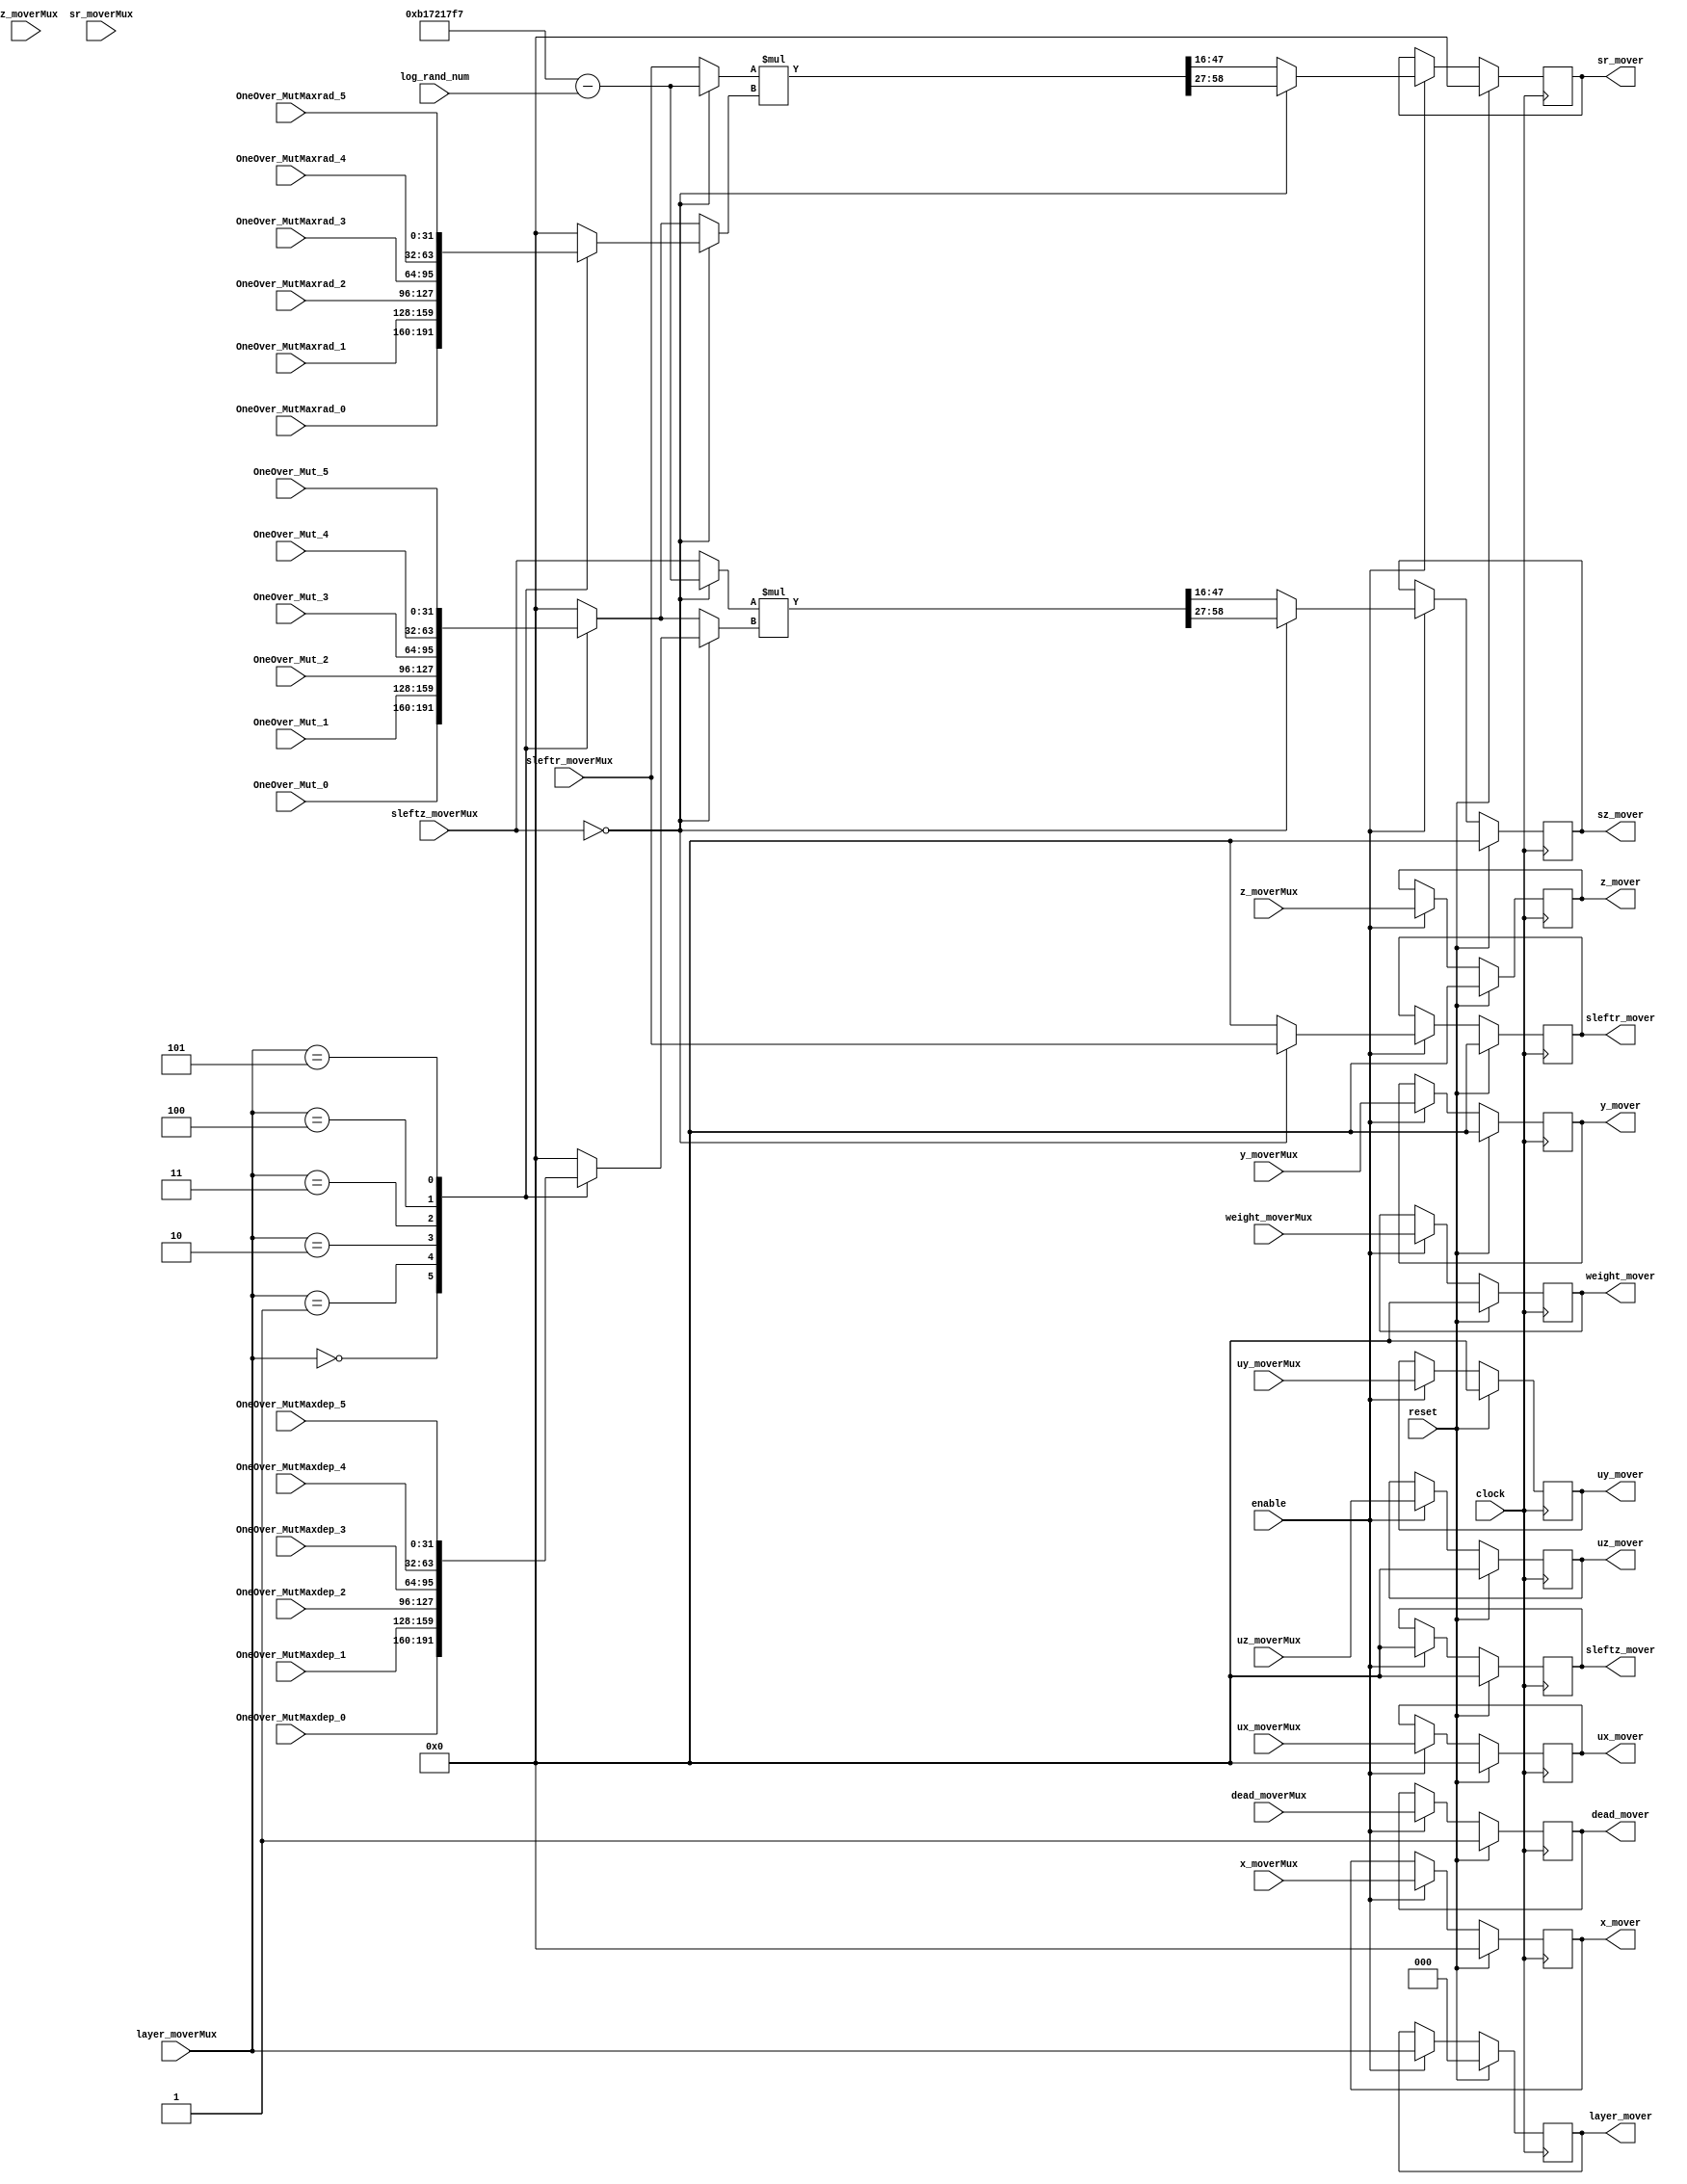
`define TRIG_WIDTH 5'b01010 //10;
`define PIPELINE_DEPTH_UPPER_LIMIT 10'b0100000000 //256;
`define ABSORB_ADDR_WIDTH 6'b010000 //16;
`define ABSORB_WORD_WIDTH 7'b01000000 //64;
`define WSCALE 22'b0111010100101111111111 //1919999;
//`define BIT_WIDTH 7'b0100000
//`define LAYER_WIDTH 6'b000011 
`define LEFTSHIFT 6'b000011         // 2^3=8=1/0.125 where 0.125 = CHANCE of roulette
`define INTCHANCE 32'b00100000000000000000000000000000 //Based on 32 bit rand num generator
`define MIN_WEIGHT 9'b011001000 
`define BIT_WIDTH 7'b0100000
`define LAYER_WIDTH 6'b000011
`define INTMAX 32'b01111111111111111111111111111111
`define INTMIN 32'b10000000000000000000000000000000
`define DIVIDER_LATENCY 6'b011110
`define FINAL_LATENCY 6'b011100
`define MULT_LATENCY 1'b1
`define ASPECT_RATIO 6'b000111
`define TOTAL_LATENCY 7'b0111100
//`define BIT_WIDTH 6'b100000
//`define LAYER_WIDTH 6'b000011
`define LOGSCALEFACTOR 6'b000101
`define MAXLOG 32'b10110001011100100001011111110111		//Based on 32 bit unsigned rand num generator
`define CONST_MOVE_AMOUNT 15'b110000110101000  //Used for testing purposes only
`define MUTMAX_BITS 6'b001111
//`define BIT_WIDTH 6'b100000
//`define LAYER_WIDTH 6'b000011
//`define INTMAX 32'b01111111111111111111111111111111
//`define INTMIN 32'b10000000000000000000000000000000
//`define BIT_WIDTH 7'b0100000
`define MANTISSA_PRECISION 6'b001010
`define LOG2_BIT_WIDTH 6'b000110
`define LOG2 28'b0101100010111001000010111111
`define NR 10'b0100000000             
`define NZ 10'b0100000000              
`define NR_EXP 5'b01000              //meaning `NR=2^`NR_exp or 2^8=256
`define RGRID_SCLAE_EXP 6'b010101    //2^21 = RGRID_SCALE
`define ZGRID_SCLAE_EXP 6'b010101    //2^21 = ZGRID_SCALE
//`define BIT_WIDTH 7'b0100000
`define BIT_WIDTH_2 8'b01000000
`define WORD_WIDTH 8'b01000000
`define ADDR_WIDTH 6'b010000          //256x256=2^8*2^8=2^16
`define DIV 6'b010100//20;
`define SQRT 5'b01010 //10;
`define LAT 7'b0100101 //DIV + SQRT + 7;
`define INTMAX_2 {32'h3FFFFFFF,32'h00000001}
//`define INTMAX 32'b01111111111111111111111111111111//2147483647;
//`define INTMIN 32'b10000000000000000000000000000001//-2147483647;
`define INTMAXMinus3 32'b01111111111111111111111111111100//2147483644;
`define negINTMAXPlus3 32'b10000000000000000000000000000100//-2147483644;
`define INTMAX_2_ref {32'h3FFFFFFF,32'hFFFFFFFF}
`define SIMULATION_MEMORY

module Move(     //INPUTS
				 clock, reset, enable,
				 x_moverMux, y_moverMux, z_moverMux,
				 ux_moverMux, uy_moverMux, uz_moverMux,
				 sz_moverMux, sr_moverMux,
				 sleftz_moverMux, sleftr_moverMux,
				 layer_moverMux, weight_moverMux, dead_moverMux,

				 log_rand_num,

				 //OUTPUTS
				 x_mover, y_mover, z_mover,
				 ux_mover, uy_mover, uz_mover,
				 sz_mover, sr_mover,
				 sleftz_mover, sleftr_mover,
				 layer_mover, weight_mover, dead_mover,

				 // CONSTANTS
				 OneOver_MutMaxrad_0, OneOver_MutMaxrad_1, OneOver_MutMaxrad_2, OneOver_MutMaxrad_3, OneOver_MutMaxrad_4, OneOver_MutMaxrad_5,
				 OneOver_MutMaxdep_0, OneOver_MutMaxdep_1, OneOver_MutMaxdep_2, OneOver_MutMaxdep_3, OneOver_MutMaxdep_4, OneOver_MutMaxdep_5,
				 OneOver_Mut_0, OneOver_Mut_1, OneOver_Mut_2, OneOver_Mut_3, OneOver_Mut_4, OneOver_Mut_5
				 );


input clock;
input reset;
input enable;

input [`BIT_WIDTH-1:0] x_moverMux;
input [`BIT_WIDTH-1:0] y_moverMux;
input [`BIT_WIDTH-1:0] z_moverMux;
input [`BIT_WIDTH-1:0] ux_moverMux;
input [`BIT_WIDTH-1:0] uy_moverMux;
input [`BIT_WIDTH-1:0] uz_moverMux;
input [`BIT_WIDTH-1:0] sz_moverMux;
input [`BIT_WIDTH-1:0] sr_moverMux;
input [`BIT_WIDTH-1:0] sleftz_moverMux;
input [`BIT_WIDTH-1:0] sleftr_moverMux;
input [`LAYER_WIDTH-1:0] layer_moverMux;
input [`BIT_WIDTH-1:0] weight_moverMux;
input	dead_moverMux;

output [`BIT_WIDTH-1:0] x_mover;
output [`BIT_WIDTH-1:0] y_mover;
output [`BIT_WIDTH-1:0] z_mover;
output [`BIT_WIDTH-1:0] ux_mover;
output [`BIT_WIDTH-1:0] uy_mover;
output [`BIT_WIDTH-1:0] uz_mover;
output [`BIT_WIDTH-1:0] sz_mover;
output [`BIT_WIDTH-1:0] sr_mover;
output [`BIT_WIDTH-1:0] sleftz_mover;
output [`BIT_WIDTH-1:0] sleftr_mover;
output [`LAYER_WIDTH-1:0]layer_mover;
output [`BIT_WIDTH-1:0] weight_mover;
output	dead_mover;


input [`BIT_WIDTH-1:0] OneOver_MutMaxrad_0;
input [`BIT_WIDTH-1:0] OneOver_MutMaxrad_1;
input [`BIT_WIDTH-1:0] OneOver_MutMaxrad_2;
input [`BIT_WIDTH-1:0] OneOver_MutMaxrad_3;
input [`BIT_WIDTH-1:0] OneOver_MutMaxrad_4;
input [`BIT_WIDTH-1:0] OneOver_MutMaxrad_5;
input [`BIT_WIDTH-1:0] OneOver_MutMaxdep_0;
input [`BIT_WIDTH-1:0] OneOver_MutMaxdep_1;
input [`BIT_WIDTH-1:0] OneOver_MutMaxdep_2;
input [`BIT_WIDTH-1:0] OneOver_MutMaxdep_3;
input [`BIT_WIDTH-1:0] OneOver_MutMaxdep_4;
input [`BIT_WIDTH-1:0] OneOver_MutMaxdep_5;
input [`BIT_WIDTH-1:0] OneOver_Mut_0;
input [`BIT_WIDTH-1:0] OneOver_Mut_1;
input [`BIT_WIDTH-1:0] OneOver_Mut_2;
input [`BIT_WIDTH-1:0] OneOver_Mut_3;
input [`BIT_WIDTH-1:0] OneOver_Mut_4;
input [`BIT_WIDTH-1:0] OneOver_Mut_5;
input [`BIT_WIDTH-1:0] log_rand_num;

//------------Local Variables------------------------
reg [`BIT_WIDTH-1:0] c_sr;
reg [`BIT_WIDTH-1:0] c_sz;
reg [2*`BIT_WIDTH-1:0] c_sr_big;
reg [2*`BIT_WIDTH-1:0] c_sz_big;
reg [`BIT_WIDTH-1:0] c_sleftr;
reg [`BIT_WIDTH-1:0] c_sleftz;

//No signed regs, unsigned unecessary
//reg unsigned [`BIT_WIDTH-1:0] c_r_op0;
//reg unsigned [`BIT_WIDTH-1:0] c_r_op1;
//reg unsigned [`BIT_WIDTH-1:0] c_z_op0;
//reg unsigned [`BIT_WIDTH-1:0] c_z_op1;

reg [`BIT_WIDTH-1:0] c_r_op0;
reg [`BIT_WIDTH-1:0] c_r_op1;
reg [`BIT_WIDTH-1:0] c_z_op0;
reg [`BIT_WIDTH-1:0] c_z_op1;

// grab multiplexed constant
reg [`BIT_WIDTH-1:0] OneOver_MutMaxrad;
reg [`BIT_WIDTH-1:0] OneOver_MutMaxdep;
reg [`BIT_WIDTH-1:0] OneOver_Mut;

//------------REGISTERED Values------------------------
reg [`BIT_WIDTH-1:0] x_mover;
reg [`BIT_WIDTH-1:0] y_mover;
reg [`BIT_WIDTH-1:0] z_mover;
reg [`BIT_WIDTH-1:0] ux_mover;
reg [`BIT_WIDTH-1:0] uy_mover;
reg [`BIT_WIDTH-1:0] uz_mover;
reg [`BIT_WIDTH-1:0] sz_mover;
reg [`BIT_WIDTH-1:0] sr_mover;
reg [`BIT_WIDTH-1:0] sleftz_mover;
reg [`BIT_WIDTH-1:0] sleftr_mover;
reg [`LAYER_WIDTH-1:0]layer_mover;
reg [`BIT_WIDTH-1:0] weight_mover;
reg	dead_mover;


//Need this to deal with 'unused' inputs for ODIN II
wire bigOr;
assign bigOr = sr_moverMux[0] | sr_moverMux[1] | sr_moverMux[2] | sr_moverMux[3] | sr_moverMux[4] | sr_moverMux[5] | 
					sr_moverMux[6] | sr_moverMux[7] | sr_moverMux[8] | sr_moverMux[9] | sr_moverMux[10] | sr_moverMux[11] | 
					sr_moverMux[12] | sr_moverMux[13] | sr_moverMux[14] | sr_moverMux[15] | sr_moverMux[16] | sr_moverMux[17] | 
					sr_moverMux[18] | sr_moverMux[19] | sr_moverMux[20] | sr_moverMux[21] | sr_moverMux[22] | sr_moverMux[23] | 
					sr_moverMux[24] | sr_moverMux[25] | sr_moverMux[26] | sr_moverMux[27] | sr_moverMux[28] | sr_moverMux[29] | 
					sr_moverMux[30] | sr_moverMux[31] | 
					sz_moverMux[0] | sz_moverMux[1] | sz_moverMux[2] | sz_moverMux[3] | sz_moverMux[4] | sz_moverMux[5] | 
					sz_moverMux[6] | sz_moverMux[7] | sz_moverMux[8] | sz_moverMux[9] | sz_moverMux[10] | sz_moverMux[11] | 
					sz_moverMux[12] | sz_moverMux[13] | sz_moverMux[14] | sz_moverMux[15] | sz_moverMux[16] | sz_moverMux[17] | 
					sz_moverMux[18] | sz_moverMux[19] | sz_moverMux[20] | sz_moverMux[21] | sz_moverMux[22] | sz_moverMux[23] | 
					sz_moverMux[24] | sz_moverMux[25] | sz_moverMux[26] | sz_moverMux[27] | sz_moverMux[28] | sz_moverMux[29] | 
					sz_moverMux[30] | sz_moverMux[31] | 
					1'b1;
wire reset_new;
assign reset_new = reset & bigOr;

// multiplex constants
always @(layer_moverMux or OneOver_MutMaxrad_0 or OneOver_MutMaxdep_0 or OneOver_Mut_0 or
						OneOver_MutMaxrad_1 or OneOver_MutMaxdep_1 or OneOver_Mut_1 or
						OneOver_MutMaxrad_2 or OneOver_MutMaxdep_2 or OneOver_Mut_2 or
						OneOver_MutMaxrad_3 or OneOver_MutMaxdep_3 or OneOver_Mut_3 or
						OneOver_MutMaxrad_4 or OneOver_MutMaxdep_4 or OneOver_Mut_4 or
						OneOver_MutMaxrad_5 or OneOver_MutMaxdep_5 or OneOver_Mut_5)
begin
case(layer_moverMux)
	3'b000:
	begin
		OneOver_MutMaxrad = OneOver_MutMaxrad_0;
		OneOver_MutMaxdep = OneOver_MutMaxdep_0;
		OneOver_Mut = OneOver_Mut_0;
	end
	3'b001:
	begin
		OneOver_MutMaxrad = OneOver_MutMaxrad_1;
		OneOver_MutMaxdep = OneOver_MutMaxdep_1;
		OneOver_Mut = OneOver_Mut_1;
	end
	3'b010:
	begin
		OneOver_MutMaxrad = OneOver_MutMaxrad_2;
		OneOver_MutMaxdep = OneOver_MutMaxdep_2;
		OneOver_Mut = OneOver_Mut_2;
	end
	3'b011:
	begin
		OneOver_MutMaxrad = OneOver_MutMaxrad_3;
		OneOver_MutMaxdep = OneOver_MutMaxdep_3;
		OneOver_Mut = OneOver_Mut_3;
	end
	3'b100:
	begin
		OneOver_MutMaxrad = OneOver_MutMaxrad_4;
		OneOver_MutMaxdep = OneOver_MutMaxdep_4;
		OneOver_Mut = OneOver_Mut_4;
	end
	3'b101:
	begin
		OneOver_MutMaxrad = OneOver_MutMaxrad_5;
		OneOver_MutMaxdep = OneOver_MutMaxdep_5;
		OneOver_Mut = OneOver_Mut_5;
	end
	default:
	begin
		OneOver_MutMaxrad = 0;
		OneOver_MutMaxdep = 0;
		OneOver_Mut = 0;
	end
endcase
end

// Determine move value
always @(sleftz_moverMux or log_rand_num or OneOver_MutMaxrad or OneOver_MutMaxdep or sleftr_moverMux or
		OneOver_Mut)
begin
	// Resource sharing for multipliers
	if(sleftz_moverMux == 32'b0)
	begin
		c_r_op0 = `MAXLOG - log_rand_num;
		c_r_op1 = OneOver_MutMaxrad;
		c_z_op0 = `MAXLOG - log_rand_num;
		c_z_op1 = OneOver_MutMaxdep;
	end
	else
	begin
		c_r_op0 = sleftr_moverMux;
		c_r_op1 = OneOver_Mut;
		c_z_op0 = sleftz_moverMux;
		c_z_op1 = OneOver_Mut;
	end
end

// Determine move value
always @(sleftz_moverMux or c_r_op0 or c_r_op1 or c_z_op0 or c_z_op1 or sleftr_moverMux)
begin
	c_sr_big = c_r_op0 * c_r_op1;
	c_sz_big = c_z_op0 * c_z_op1;
	if(sleftz_moverMux == 32'b0)
	begin
		c_sr = c_sr_big[2*`BIT_WIDTH - `LOGSCALEFACTOR - 1:`BIT_WIDTH - `LOGSCALEFACTOR];
		c_sz = c_sz_big[2*`BIT_WIDTH - `LOGSCALEFACTOR - 1:`BIT_WIDTH - `LOGSCALEFACTOR];

		c_sleftr = sleftr_moverMux;
		c_sleftz = 0;

		//c_sr = `CONST_MOVE_AMOUNT;
		//c_sz = `CONST_MOVE_AMOUNT;
	end
	else
	begin
		c_sr = c_sr_big[2*`BIT_WIDTH - `MUTMAX_BITS - 1 - 1:`BIT_WIDTH - `MUTMAX_BITS - 1];
		c_sz = c_sz_big[2*`BIT_WIDTH - `MUTMAX_BITS - 1 - 1:`BIT_WIDTH - `MUTMAX_BITS - 1];

		c_sleftz = 0;
		c_sleftr = 0;
	end
end

// latch values
always @ (posedge clock)
begin
	if (reset_new)
	begin
		// Photon variables
		x_mover <= 0;
		y_mover <= 0;
		z_mover <= 0;
		ux_mover <= 0;
		uy_mover <= 0;
		uz_mover <= 0;
		sz_mover <= 0;
		sr_mover <= 0;
		sleftz_mover <= 0;
		sleftr_mover <= 0;
		layer_mover <= 0;
		weight_mover <= 0;
		dead_mover <= 1'b1;
	end
	else
	begin
		if(enable)
		begin
			// Photon variables
			x_mover <= x_moverMux;
			y_mover <= y_moverMux;
			z_mover <= z_moverMux;
			ux_mover <= ux_moverMux;
			uy_mover <= uy_moverMux;
			uz_mover <= uz_moverMux;
			layer_mover <= layer_moverMux;
			weight_mover <= weight_moverMux;
			dead_mover <= dead_moverMux;

			sz_mover <= c_sz;
			sr_mover <= c_sr;
			sleftz_mover <= c_sleftz;
			sleftr_mover <= c_sleftr;
		end
	end
end

endmodule